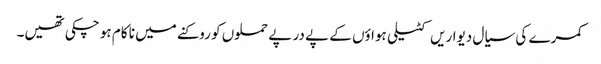
کمرے کی سیال دیواریں کٹیلی ہواؤں کے پے در پے حملوں کو روکنے میں نا کام ہو چکی تھیں۔